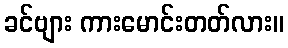
ခင်ဗျား ကားမောင်းတတ်လား။